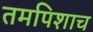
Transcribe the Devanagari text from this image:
तमपिशाच